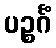
ပဉ္စင်္ဂံ